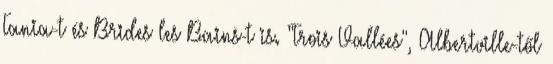
Tania-t és Brides les Bains-t is. "Trois Vallées", Albertville-től